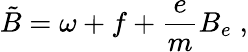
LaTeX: \tilde{B}=\omega+f+\frac{e}{m}B_{e}\; ,